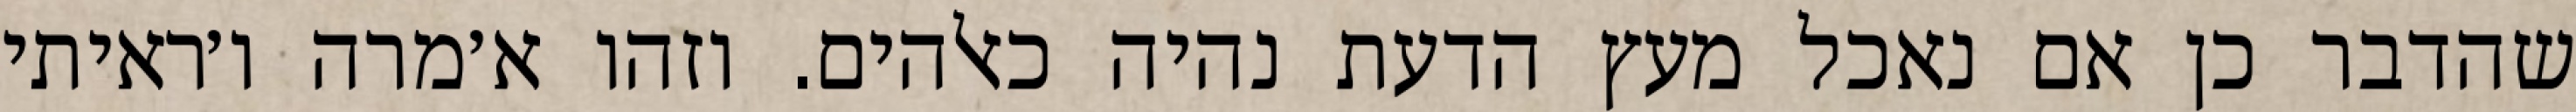
שהדבר כן אם נאכל מעץ הדעת נהיה כאלהים. וזהו א׳מרה ו׳ראיתי